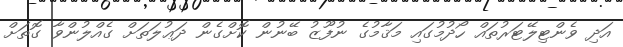
އަދި ވެންޓިލޭޓަރުތައް ހޯދުމުގައި މަޤާމުގެ ނުފޫޒު ބޭނުން ކޮށްގެން ދަޢުލަތަށް ގެއްލުންވާ ގޮތަށް